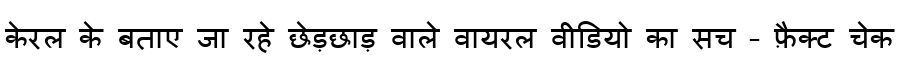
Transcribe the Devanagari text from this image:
केरल के बताए जा रहे छेड़छाड़ वाले वायरल वीडियो का सच – फ़ैक्ट चेक